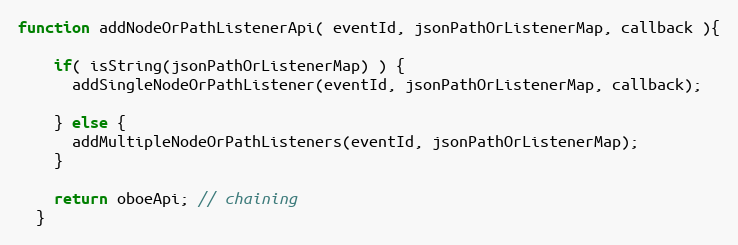
Language: JavaScript
function addNodeOrPathListenerApi( eventId, jsonPathOrListenerMap, callback ){

    if( isString(jsonPathOrListenerMap) ) {
      addSingleNodeOrPathListener(eventId, jsonPathOrListenerMap, callback);

    } else {
      addMultipleNodeOrPathListeners(eventId, jsonPathOrListenerMap);
    }

    return oboeApi; // chaining
  }